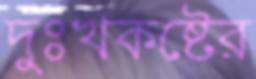
দুঃখকষ্টের